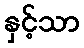
နှင့်သာ